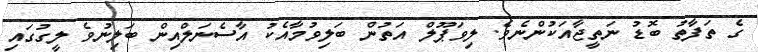
ގެ ތަފާތު ބޮޑު ނަތީޖާއަކުންނެވެ. ލިވަޕޫލް އަތުން ބަލިވުމާއެކު އާސެނަލްއިން ބަލިނުވެ ލީގުގައި